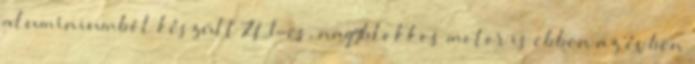
alumíniumból készült ZL1-es, nagyblokkos motor is ebben az évben